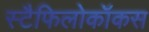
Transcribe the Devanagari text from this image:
स्टैफिलोकॉकस